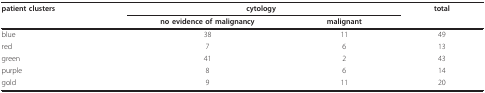
<table><thead><tr><td><b>patient clusters</b></td><td colspan="2"><b>cytology</b></td><td><b>total</b></td></tr><tr><td></td><td><b>no evidence of malignancy</b></td><td><b>malignant</b></td><td></td></tr></thead><tbody><tr><td>blue</td><td>38</td><td>11</td><td>49</td></tr><tr><td>red</td><td>7</td><td>6</td><td>13</td></tr><tr><td>green</td><td>41</td><td>2</td><td>43</td></tr><tr><td>purple</td><td>8</td><td>6</td><td>14</td></tr><tr><td>gold</td><td>9</td><td>11</td><td>20</td></tr></tbody></table>